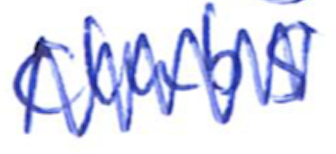
Text: clubs
Cross-out: zig-zag
Writing tool: ballpoint